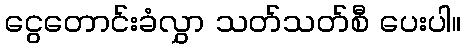
ငွေတောင်းခံလွှာ သတ်သတ်စီ ပေးပါ။